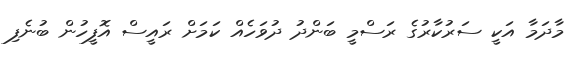
މާދަމާ އަކީ ސަރުކާރުގެ ރަސްމީ ބަންދު ދުވަހެއް ކަމަށް ރައީސް އޮފީހުން ބުނެފި